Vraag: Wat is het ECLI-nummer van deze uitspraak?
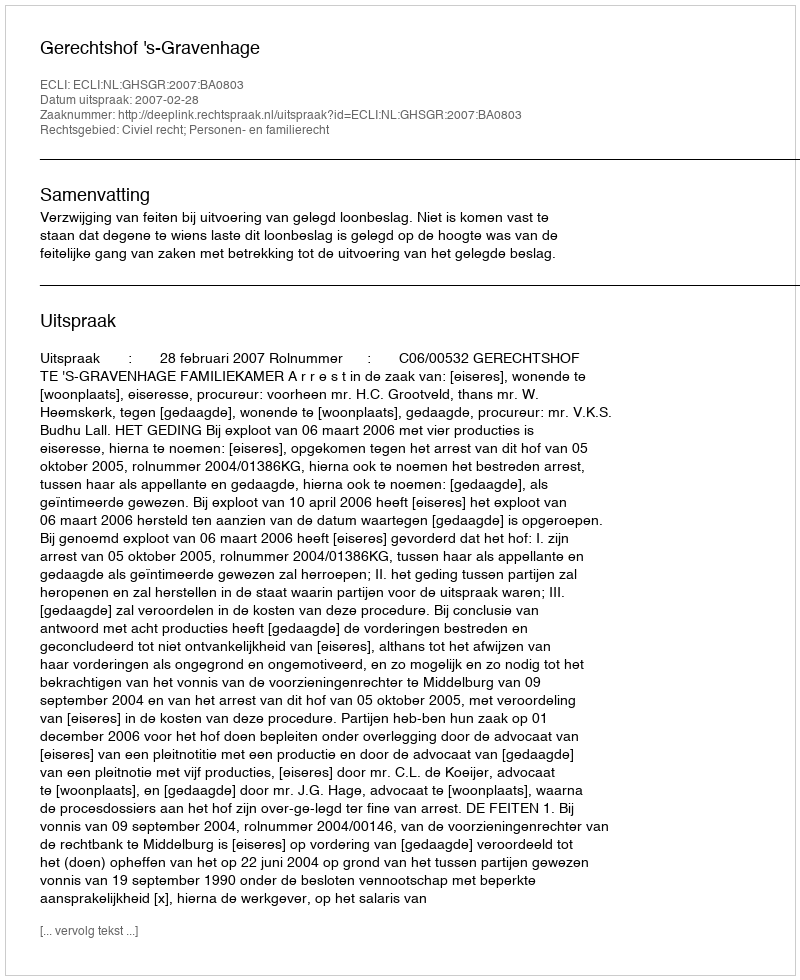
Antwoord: ECLI:NL:GHSGR:2007:BA0803